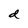
Character: d